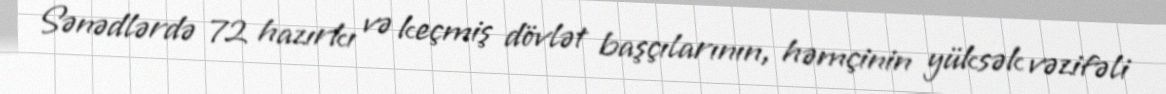
Sənədlərdə 72 hazırkı və keçmiş dövlət başçılarının, həmçinin yüksək vəzifəli